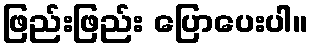
ဖြည်းဖြည်း ပြောပေးပါ။